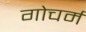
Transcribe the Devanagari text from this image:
गोचर्म